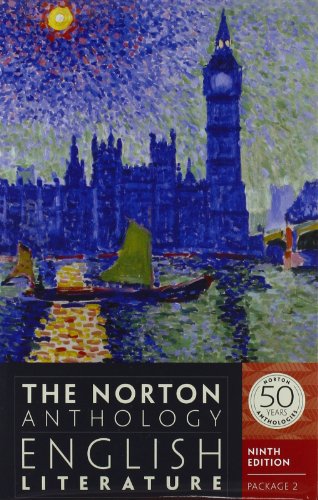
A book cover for The Norton Anthology of English Literature (Ninth Edition)  (Vol. Package 2: D, E, F); M. H. Abrams; Literature & Fiction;